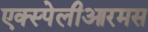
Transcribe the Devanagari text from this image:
एक्स्पेलीआरमस